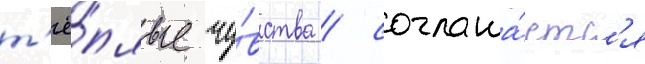
т'ё́плые чу́вства / соглаша́етс'я